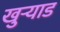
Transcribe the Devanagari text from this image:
खुऱ्याड